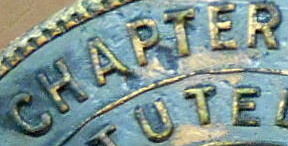
CHAPTER